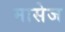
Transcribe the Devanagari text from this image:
मासेज